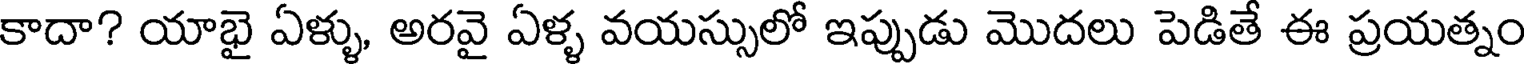
కాదా? యాభై ఏళ్ళు, అరవై ఏళ్ళ వయస్సులో ఇప్పుడు మొదలు పెడితే ఈ ప్రయత్నం